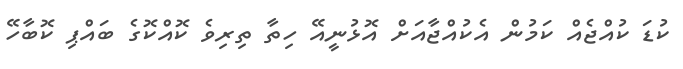
ކުޑަ ކުއްޖެއް ކަމުން އެކުއްޖާއަށް އޮޅުނީއޭ ހިތާ ތިރިވެ ކޮއްކޮގެ ބައްޕި ކޮބާހޭ